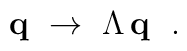
{\bf q} ~ \rightarrow ~ \Lambda\,{\bf q}~~.